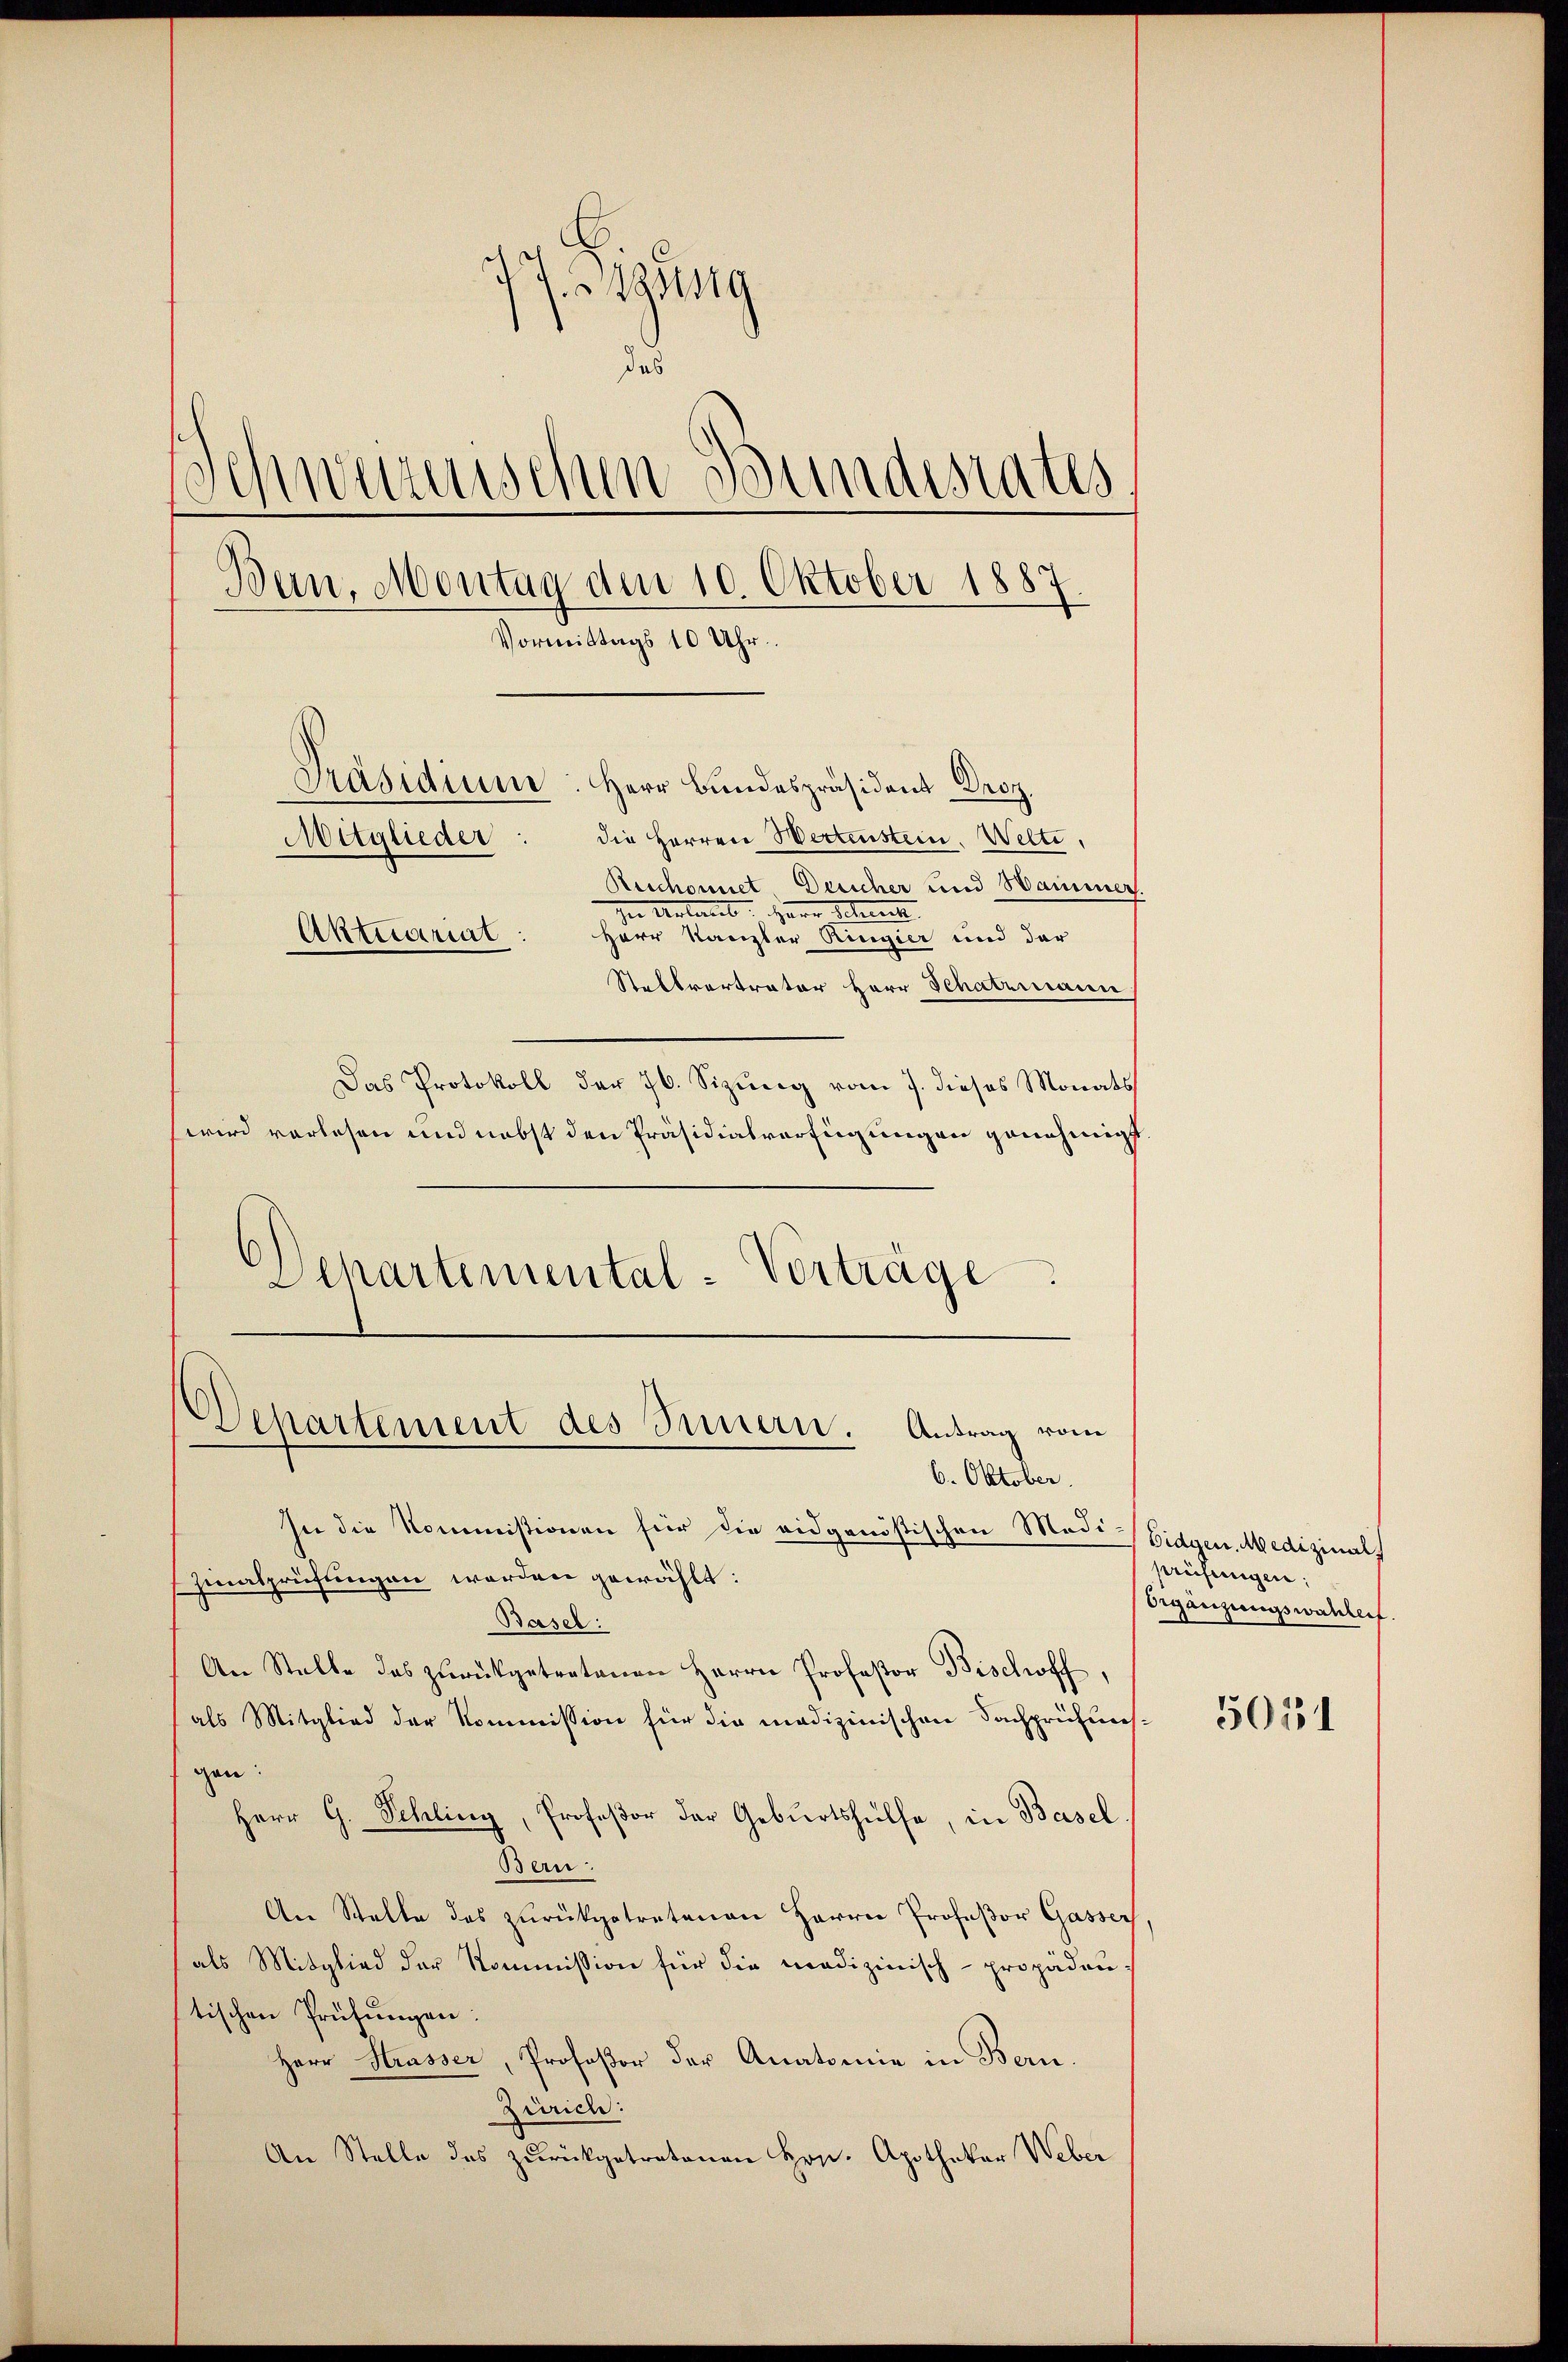
J. geg
des
Schweizerischen Bundesrates
Bein, Montag dem 10. Oktober 1887
Vormittags 10 Uhr
Präsidium. Herr Bundespräsident Droz.
Mitglieder: die Herren Wertenstein. Welte,
Reschonnet, Delicher und Hammer.
In Antant Herr Schnet
Aktuariat
Herr Kanzler Ringier und der
Stellvertrator Herr Schatzmann
Das Protokoll der 76. Sizŭng vom 7. dieses Monats
wird vorlesen und nebst den Präsidialverfügungen genehmigt.

Departemental-Vorträge

Departement des Innern. Antrag vom
6. Oktober.

In die Kommissionen für die eidgenößischen Modi-Eidgen. Medizinal
zinalprüfungen werden gewählt:
Basel:
An Stelle des zŭrückgetretenen Herrn Professor Bischoff,
als Mitglied der Kommission für die medizinischen Fachprüfunsgen:
Herr G. Schling, Profeßor der Geburtshülfe, in Basel
Ben
An Stelle des zurükgetretenen Herrn Professor Gasser
als Mitglied der Kommission für die medizinisch-propadautischen Prüfŭngen:
Herr Strasser, Profeßor der Anatomie in Bern.
Züricht.
An Stelle des zŭrückgetretenen Hrn. Apothekar Weber

prüfungen:
Orgänzungswahlerf.

5051